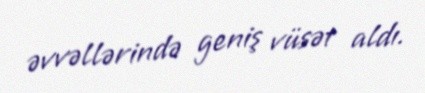
əvvəllərində geniş vüsət aldı.